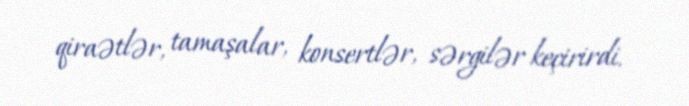
qiraətlər, tamaşalar, konsertlər, sərgilər keçirirdi.